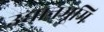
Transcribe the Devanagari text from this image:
उद्यानभूमि